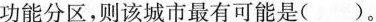
功能分区，则该城市最有可能是()。